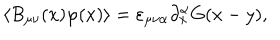
\langle B _ { \mu \nu } ( x ) \varphi ( x ) \rangle = \varepsilon _ { \mu \nu \alpha } \partial _ { x } ^ { \alpha } G ( x - y ) ,